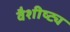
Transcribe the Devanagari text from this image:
वैशीष्ट्य